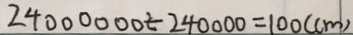
2 4 0 0 0 0 0 0 \div 2 4 0 0 0 0 0 = 1 0 0 ( c m )